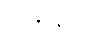
သန္တာန်၌